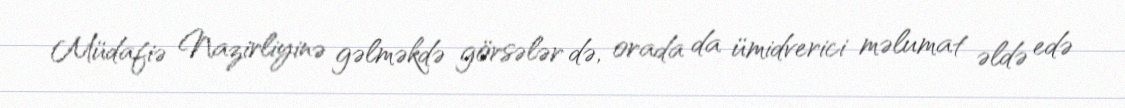
Müdafiə Nazirliyinə gəlməkdə görsələr də, orada da ümidverici məlumat əldə edə